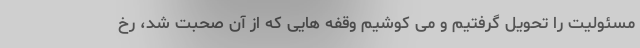
مسئولیت را تحویل گرفتیم و می کوشیم وقفه هایی که از آن صحبت شد، رخ